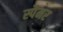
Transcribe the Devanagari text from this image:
स्पैमर